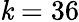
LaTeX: \mathit{k}=36